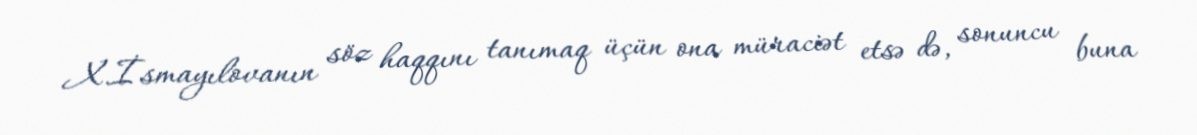
X.İsmayılovanın söz haqqını tanımaq üçün ona müraciət etsə də, sonuncu buna